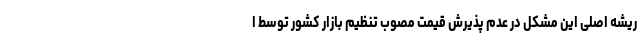
ریشه اصلی این مشکل در عدم پذیرش قیمت مصوب تنظیم بازار کشور توسط ا